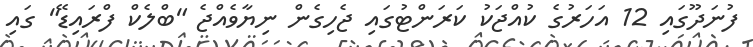
ފުނަދޫގައި 12 އަހަރުގެ ކުއްޖަކު ކަރަންޓުގައި ޖެހިގެން ނިޔާވެއްޖެ "ބްލެކް ފްރައިޑޭ" ގައި